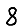
Digit: 8